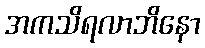
အကသိရလာဘိနော